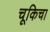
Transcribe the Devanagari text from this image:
चूकिचा